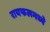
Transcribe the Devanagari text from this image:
रायफलमध्ये